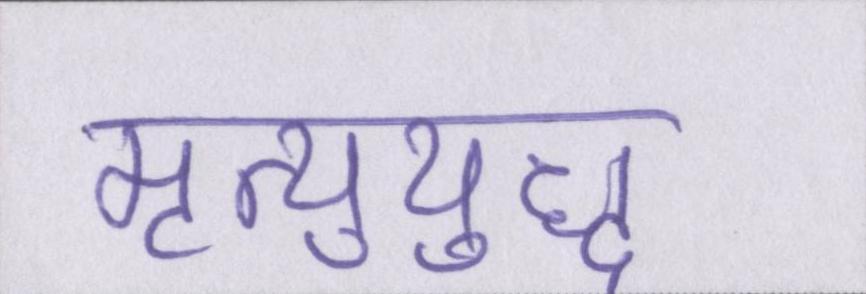
मृत्युयुद्ध